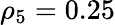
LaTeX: \rho_{5}=0.25